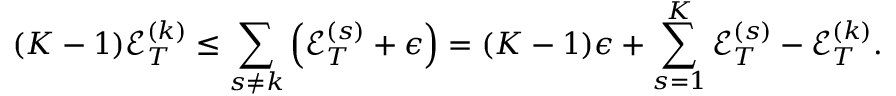
( K - 1 ) { \mathcal E } _ { T } ^ { ( k ) } \le \sum _ { s \neq k } \left( { \mathcal E } _ { T } ^ { ( s ) } + \epsilon \right) = ( K - 1 ) \epsilon + \sum _ { s = 1 } ^ { K } { \mathcal E } _ { T } ^ { ( s ) } - { \mathcal E } _ { T } ^ { ( k ) } .